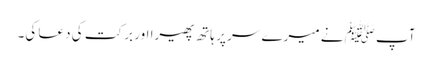
آپﷺ نے میرے سر پر ہاتھ پھیرا اور برکت کی دعا کی۔